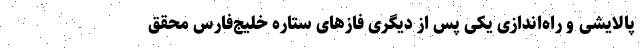
پالایشی و راه‌اندازی یکی پس از دیگری فازهای ستاره خلیج‌فارس محقق